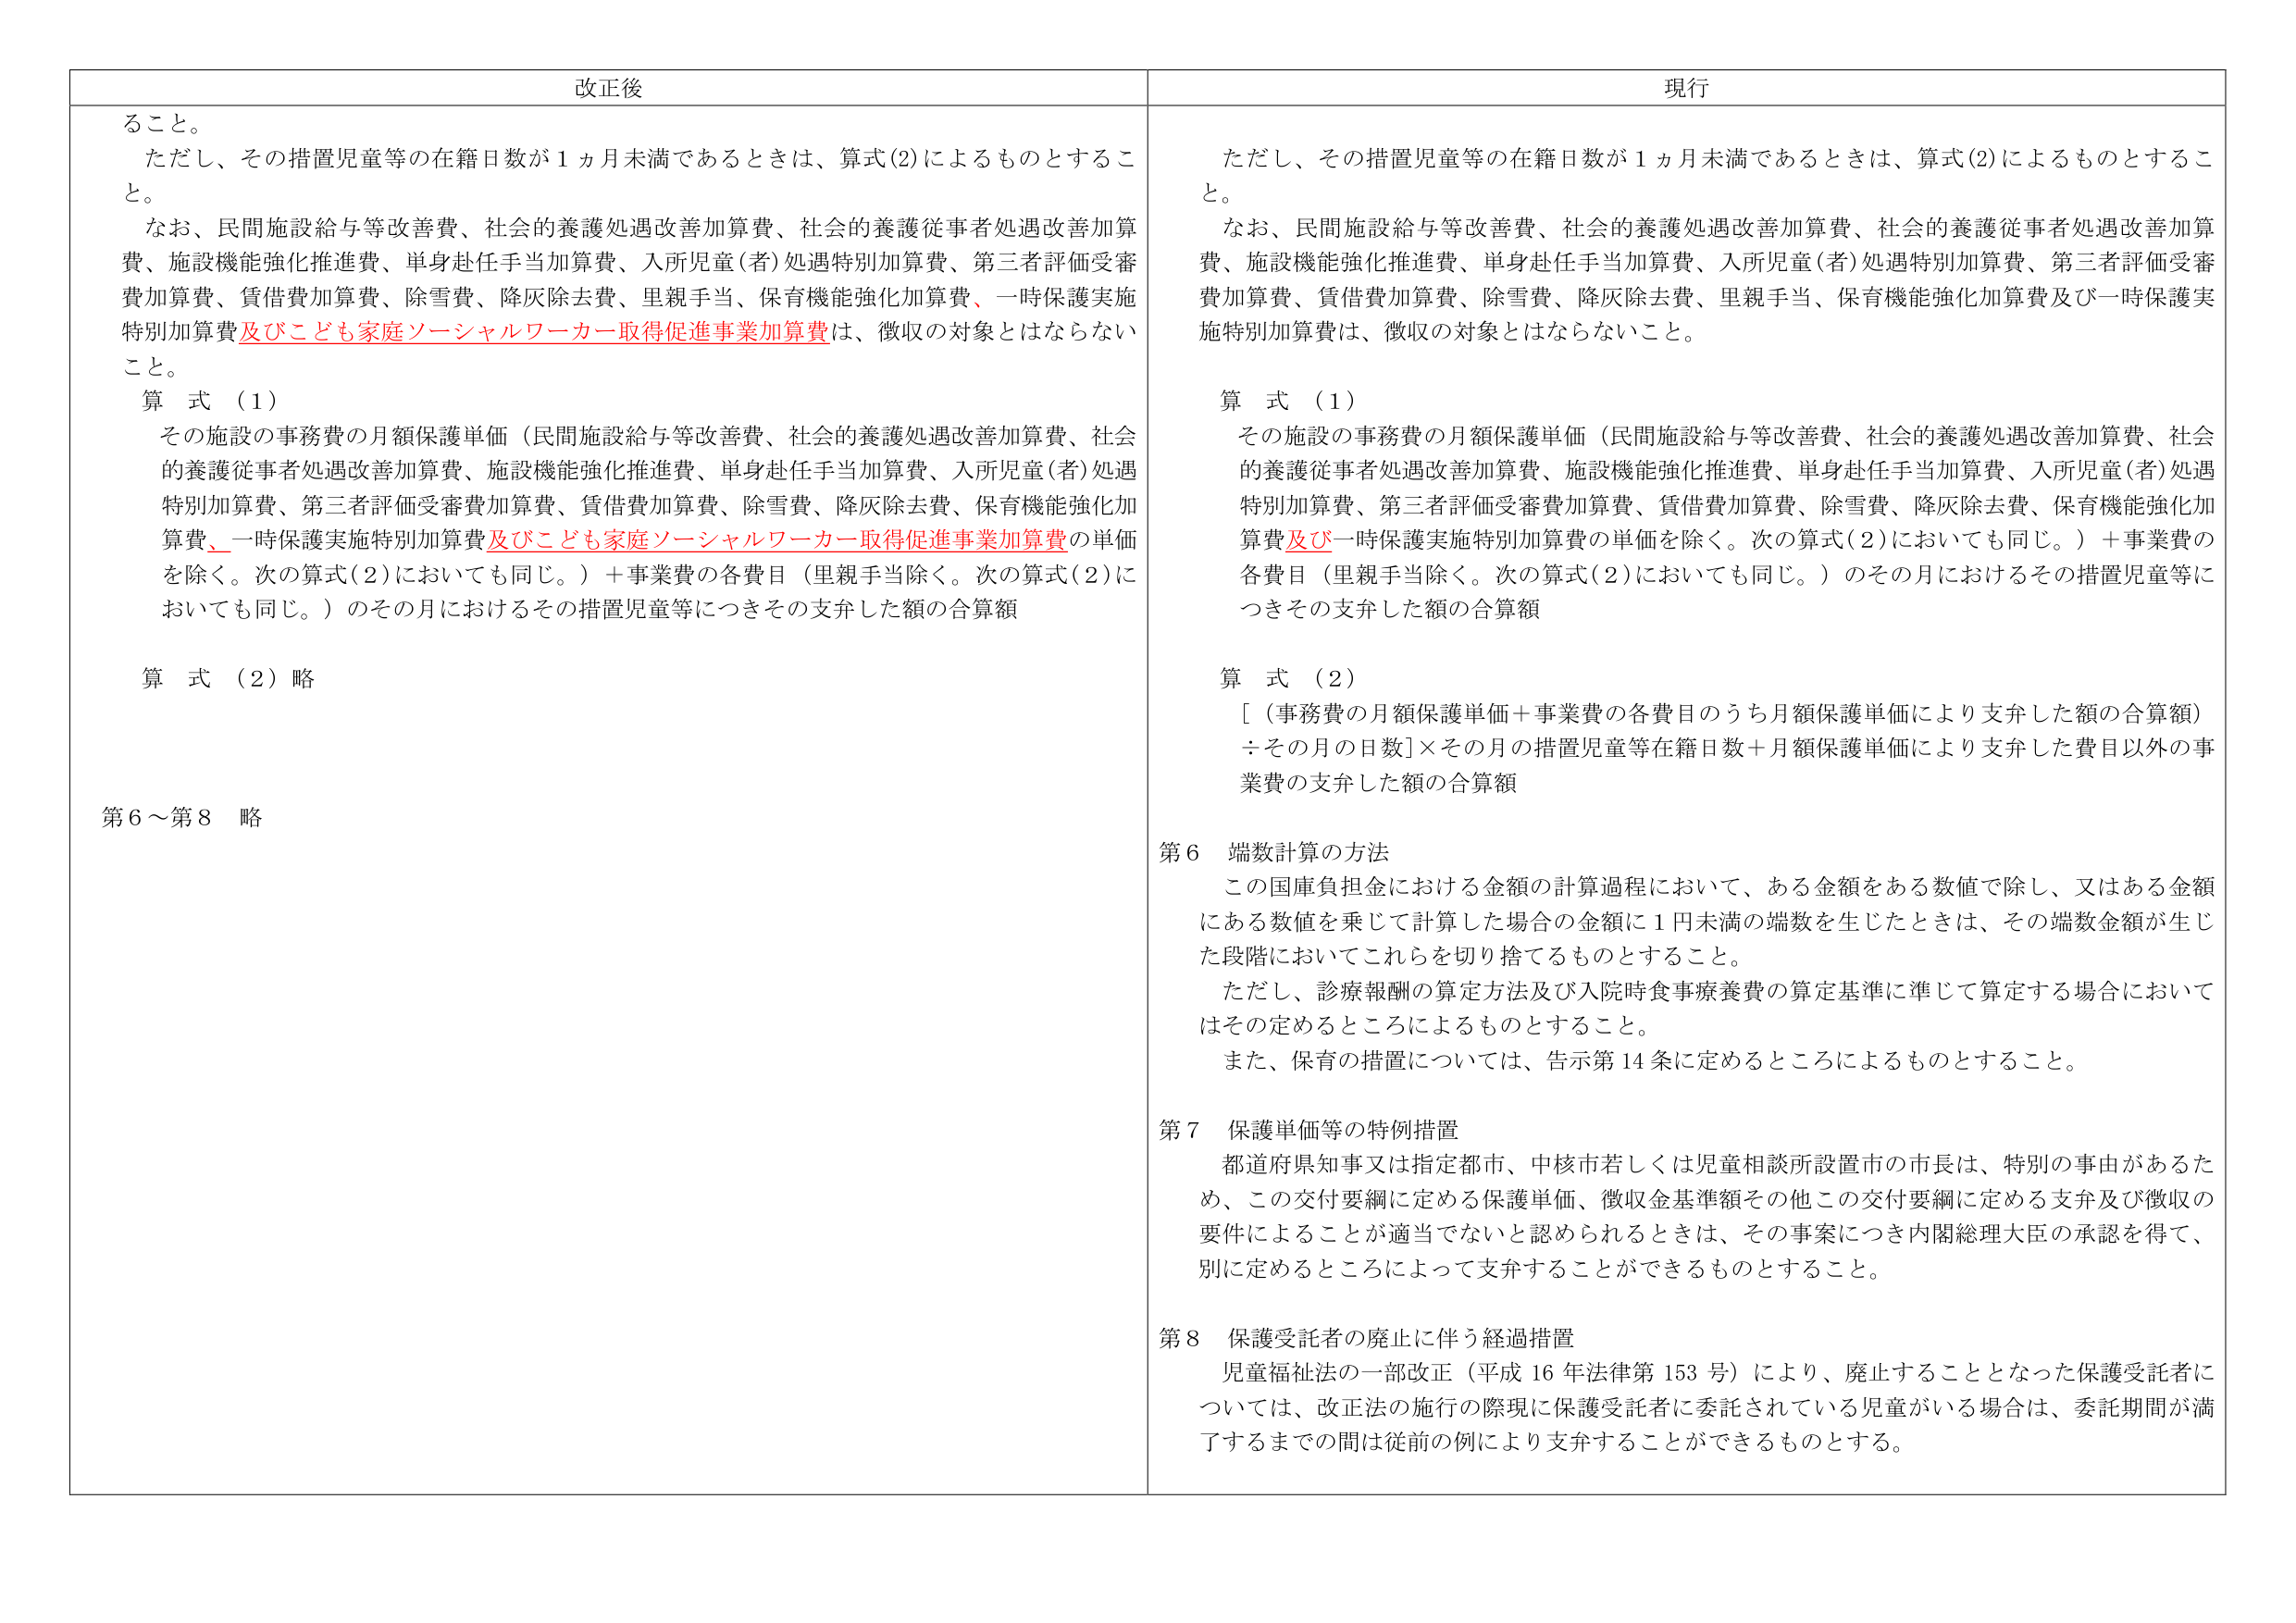
改正後
ること。
ただし、その措置児童等の在籍日数が１ヵ月未満であるときは、算式(2)によるものとすること。
なお、民間施設給与等改善費、社会的養護処遇改善加算費、社会的養護従事者処遇改善加算費、施設機能強化推進費、単身赴任手当加算費、入所児童(者)処遇特別加算費、第三者評価受審費加算費、賃借費加算費、除雪費、降灰除去費、里親手当、保育機能強化加算費、一時保護実施特別加算費及びこども家庭ソーシャルワーカー取得促進事業加算費は、徴収の対象とはならないこと。
算 式 （1）
その施設の事務費の月額保護単価（民間施設給与等改善費、社会的養護処遇改善加算費、社会的養護従事者処遇改善加算費、施設機能強化推進費、単身赴任手当加算費、入所児童(者)処遇特別加算費、第三者評価受審費加算費、賃借費加算費、除雪費、降灰除去費、保育機能強化加算費、一時保護実施特別加算費及びこども家庭ソーシャルワーカー取得促進事業加算費の単価を除く。次の算式(2)においても同じ。）＋事業費の各費目（里親手当除く。次の算式(2)においても同じ。）のその月におけるその措置児童等につきその支弁した額の合算額
算 式 （2）略
第6～第8 略

現行
ただし、その措置児童等の在籍日数が１ヵ月未満であるときは、算式(2)によるものとすること。
なお、民間施設給与等改善費、社会的養護処遇改善加算費、社会的養護従事者処遇改善加算費、施設機能強化推進費、単身赴任手当加算費、入所児童(者)処遇特別加算費、第三者評価受審費加算費、賃借費加算費、除雪費、降灰除去費、里親手当、保育機能強化加算費及び一時保護実施特別加算費は、徴収の対象とはならないこと。
算 式 （1）
その施設の事務費の月額保護単価（民間施設給与等改善費、社会的養護処遇改善加算費、社会的養護従事者処遇改善加算費、施設機能強化推進費、単身赴任手当加算費、入所児童(者)処遇特別加算費、第三者評価受審費加算費、賃借費加算費、除雪費、降灰除去費、保育機能強化加算費及び一時保護実施特別加算費の単価を除く。次の算式(2)においても同じ。）＋事業費の各費目（里親手当除く。次の算式(2)においても同じ。）のその月におけるその措置児童等につきその支弁した額の合算額
算 式 （2）
[（事務費の月額保護単価＋事業費の各費目のうち月額保護単価により支弁した額の合算額）÷その月の日数]×その月の措置児童等在籍日数＋月額保護単価により支弁した費目以外の事業費の支弁した額の合算額
第6 端数計算の方法
この国庫負担金における金額の計算過程において、ある金額をある数値で除し、又はある金額にある数値を乗じて計算した場合の金額に1円未満の端数を生じたときは、その端数金額が生じた段階においてこれらを切り捨てるものとすること。
ただし、診療報酬の算定方法及び入院時食事療養費の算定基準に準じて算定する場合においてはその定めるところによるものとすること。
また、保育の措置については、告示第14条に定めるところによるものとすること。
第7 保護単価等の特例措置
都道府県知事又は指定都市、中核市若しくは児童相談所設置市の市長は、特別の事由があるため、この交付要綱に定める保護単価、徴収金基準額その他この交付要綱に定める支弁及び徴収の要件によることが適当でないと認められるときは、その事案につき内閣総理大臣の承認を得て、別に定めるところによって支弁することができるものとすること。
第8 保護受託者の廃止に伴う経過措置
児童福祉法の一部改正（平成16年法律第153号）により、廃止することとなった保護受託者については、改正法の施行の際現に保護受託者に委託されている児童がいる場合は、委託期間が満了するまでの間は従前の例により支弁することができるものとする。